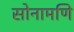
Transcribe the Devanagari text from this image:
सोनामणि